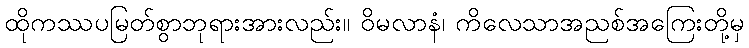
ထိုကဿပမြတ်စွာဘုရားအားလည်း။ ဝိမလာနံ၊ ကိလေသာအညစ်အကြေးတို့မှ